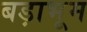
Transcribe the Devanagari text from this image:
बड़ाभूम